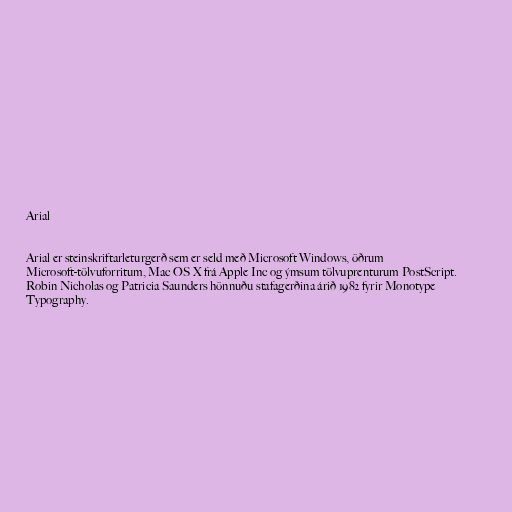
Arial

Arial er steinskriftarleturgerð sem er seld með Microsoft Windows, öðrum
Microsoft-tölvuforritum, Mac OS X frá Apple Inc og ýmsum tölvuprenturum PostScript.
Robin Nicholas og Patricia Saunders hönnuðu stafagerðina árið 1982 fyrir Monotype
Typography.